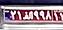
۲۱ا۹۹۸۱۱